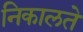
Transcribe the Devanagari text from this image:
निकालते